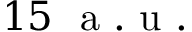
1 5 \ \mathrm { ~ a ~ . ~ u ~ . ~ }